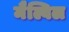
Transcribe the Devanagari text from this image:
मैल्विल